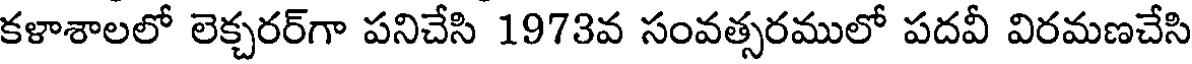
కళాశాలలో లెక్చరర్గా పనిచేసి 1973వ సంవత్సరములో పదవీ విరమణచేసి